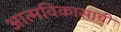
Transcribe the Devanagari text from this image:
आत्मविकासाची